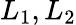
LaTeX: L_{1},L_{2}